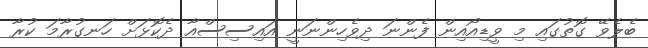
ބެލެވޭ ގޮތުގައި މި ވީޑިއޯއިން ފެންނަ ދިވެހިންނަނީ އައިސިސްއާ ދެކޮޅަށް ހަނގުރާމަ ކުރާ